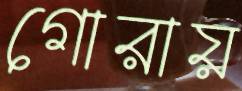
গোরায়